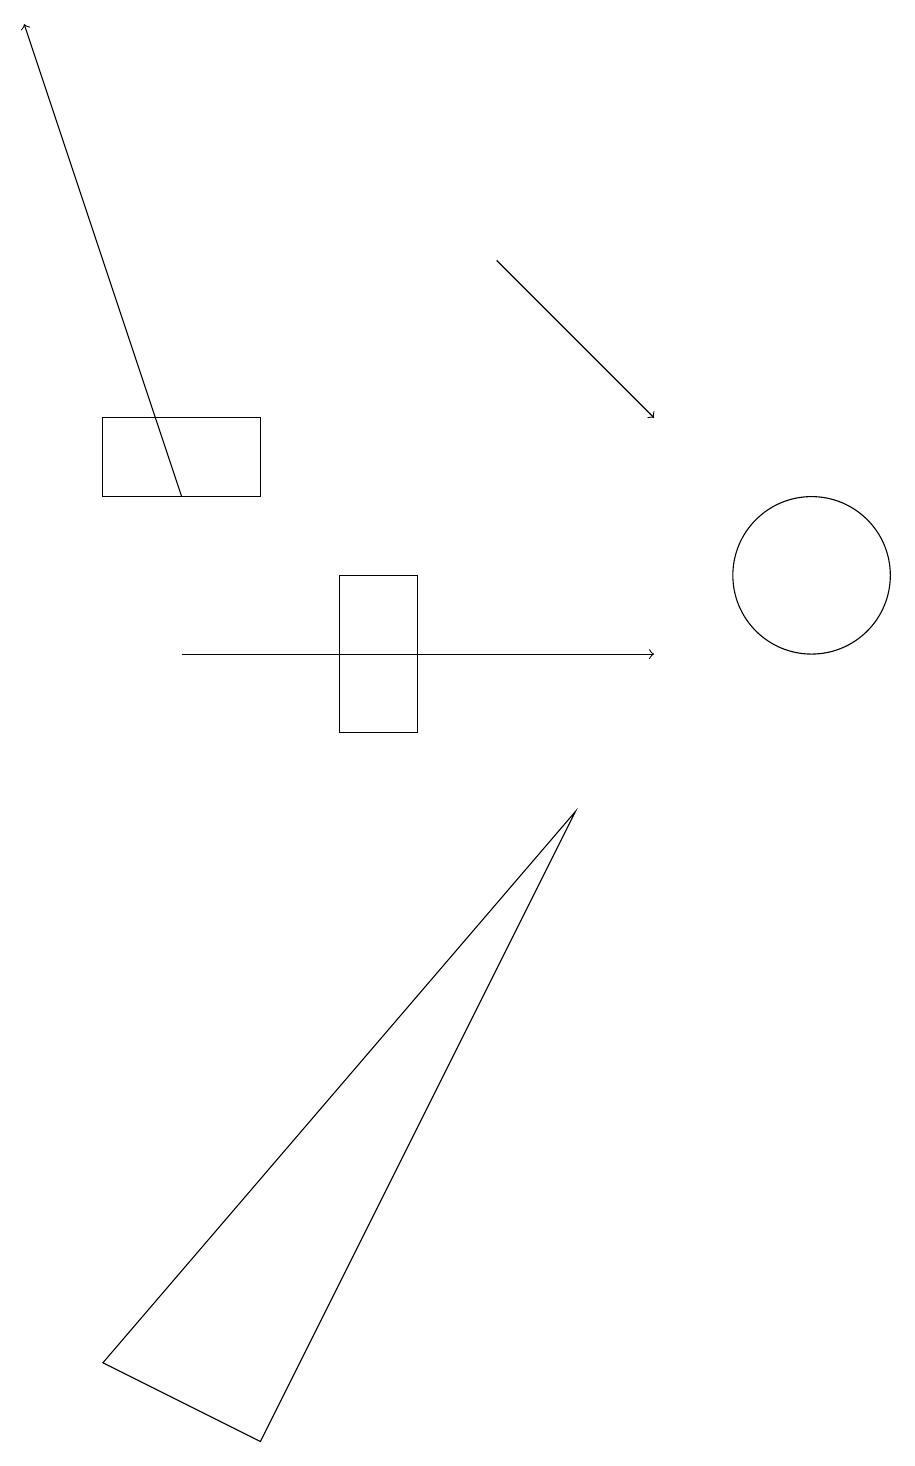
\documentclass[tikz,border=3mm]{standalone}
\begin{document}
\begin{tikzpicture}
\draw (2,14) rectangle (4,13);
\draw[->] (7,16) -- (9,14);
\draw (5,10) rectangle (6,12);
\draw (11,12) circle (1);
\draw[->] (3,11) -- (9,11);
\draw (2,2) -- (8,9) -- (4,1) -- cycle;
\draw[->] (3,13) -- (1,19);
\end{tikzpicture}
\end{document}